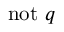
\mathrm { n o t } ~ q